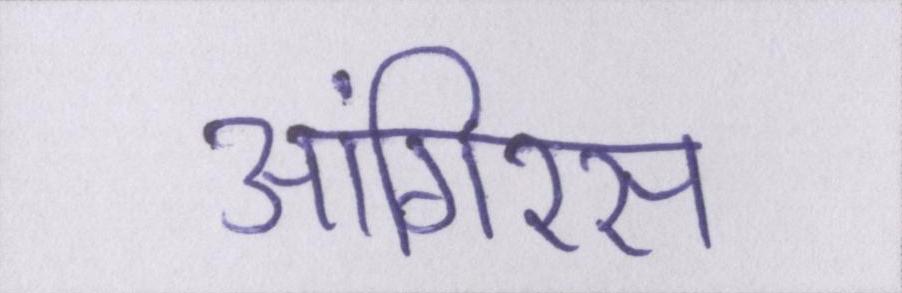
आंगिरस